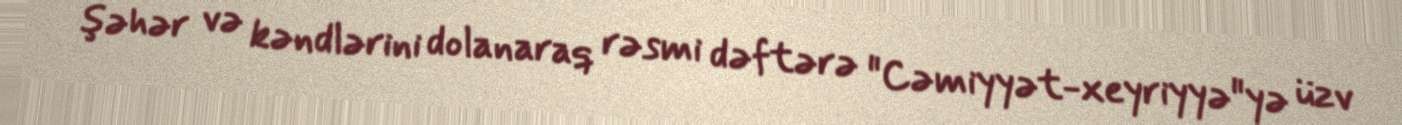
şəhər və kəndlərini dolanaraq rəsmi dəftərə "Cəmiyyət-xeyriyyə"yə üzv